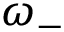
\omega _ { - }